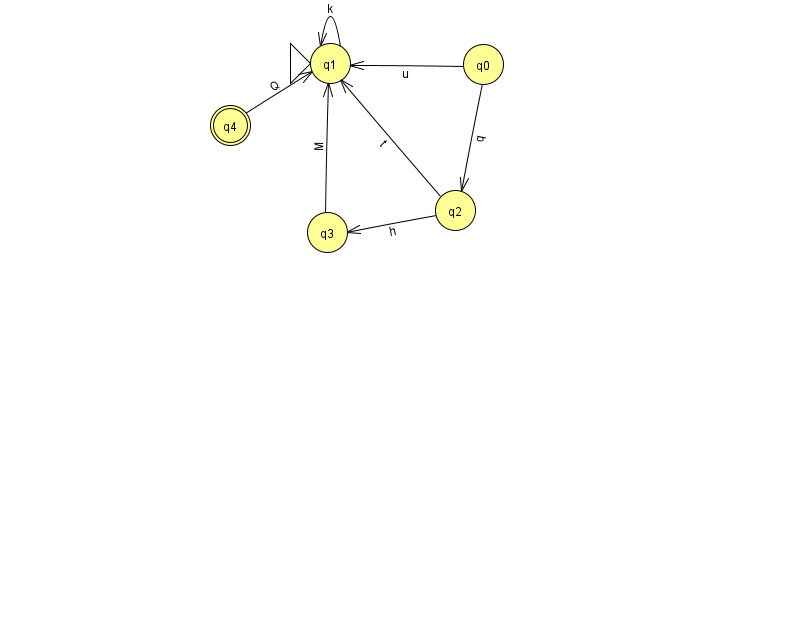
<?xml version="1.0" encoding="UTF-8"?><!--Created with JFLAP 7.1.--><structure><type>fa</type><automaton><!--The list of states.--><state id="0" name="q0"><x>483.0</x><y>51.0</y></state><state id="1" name="q1"><x>330.0</x><y>50.0</y><initial/></state><state id="2" name="q2"><x>455.0</x><y>197.0</y></state><state id="3" name="q3"><x>327.0</x><y>219.0</y></state><state id="4" name="q4"><x>230.0</x><y>112.0</y><final/></state><!--The list of transitions.--><transition><from>3</from><to>1</to><read>M</read></transition><transition><from>0</from><to>2</to><read>q</read></transition><transition><from>0</from><to>1</to><read>u</read></transition><transition><from>4</from><to>1</to><read>Q</read></transition><transition><from>1</from><to>1</to><read>k</read></transition><transition><from>2</from><to>3</to><read>h</read></transition><transition><from>2</from><to>1</to><read>t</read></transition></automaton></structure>